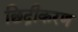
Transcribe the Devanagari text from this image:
छिद्रीकरण